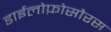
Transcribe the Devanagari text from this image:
डाईलोफ़ोसौरस